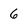
Character: 6